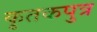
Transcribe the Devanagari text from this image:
कृतकपुत्र